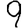
Digit: 9